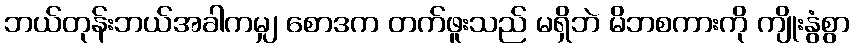
ဘယ်တုန်းဘယ်အခါကမျှ စောဒက တက်ဖူးသည် မရှိဘဲ မိဘစကားကို ကျိုးနွံစွာ